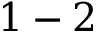
1 - 2